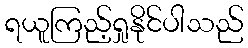
ရယူကြည့်ရှုနိုင်ပါသည်